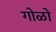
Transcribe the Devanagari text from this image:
गोळो